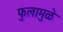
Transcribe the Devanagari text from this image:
फुलामुळे